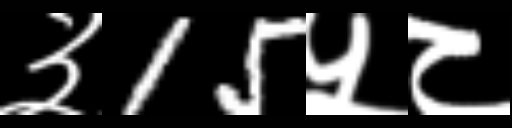
Text: ३15५८